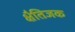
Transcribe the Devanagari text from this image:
क्षैतिजक